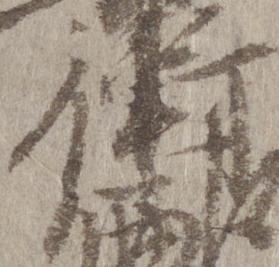
衛